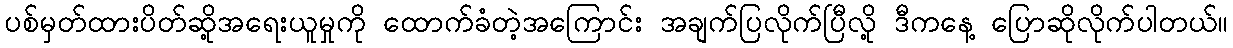
ပစ်မှတ်ထားပိတ်ဆို့အရေးယူမှုကို ထောက်ခံတဲ့အကြောင်း အချက်ပြလိုက်ပြီလို့ ဒီကနေ့ ပြောဆိုလိုက်ပါတယ်။